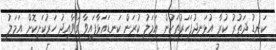
ކަނޑު ދަތުރު ކުރާ އުޅަނދުފަހަރުތަކުން އަމަލު ކުރަން ކަނޑައަޅާފައިވާ ގަވާއިދު ހަރުކަށިކޮށް އަމަލު